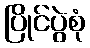
ပြိုင်ပွဲစုံ